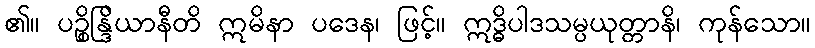
၏။ ပဉ္စိန္ဒြိယာနီတိ ဣမိနာ ပဒေန၊ ဖြင့်။ ဣဒ္ဓိပါဒသမ္ပယုတ္တာနိ၊ ကုန်သော။